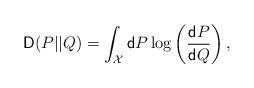
LaTeX: \begin{align*}\mathsf{D}(P||Q)=\int_\mathcal{X} \mathsf{d}P\log\left(\frac{\mathsf{d}P}{\mathsf{d}Q}\right),\end{align*}